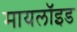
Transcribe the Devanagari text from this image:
मायलॉइड